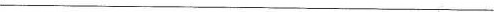
___